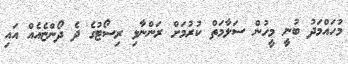
މުހައްމަދު ބުނީ މީހުން ސަލާމަތް ކުރުމަށް ރަންނާޅި ރިސޯޓުގެ ދެ ދޯންޏެއެއް އައި